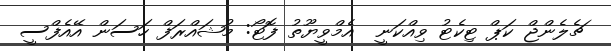
ޗެލެންޖް ކަޕް ޓިކެޓު ވިއްކަނީ  އެމްވީޔޫތު ފޮޓޯ: މުޝައްރަފް ހަސަން އޭއެފްސީ